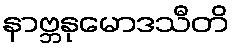
နာဗ္ဘနုမောဒသီတိ